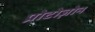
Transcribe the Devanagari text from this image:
प्रोटोज़ोन